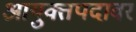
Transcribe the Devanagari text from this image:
आयुक्तपदावर